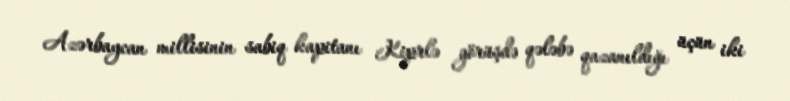
Azərbaycan millisinin sabiq kapitanı Kiprlə görüşdə qələbə qazanıldığı üçün iki